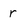
Character: r